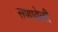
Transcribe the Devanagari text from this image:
सणावेळी